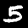
Digit: 5